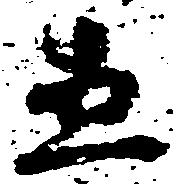
直